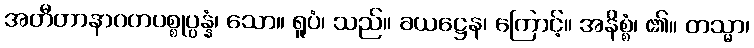
အတီတာနာဂတပစ္စုပ္ပန္နံ၊ သော။ ရူပံ၊ သည်။ ခယဋ္ဌေန၊ ကြောင့်။ အနိစ္စံ၊ ၏။ တသ္မာ၊